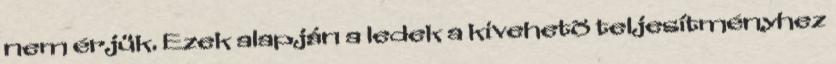
nem érjük. Ezek alapján a ledek a kivehetõ teljesítményhez